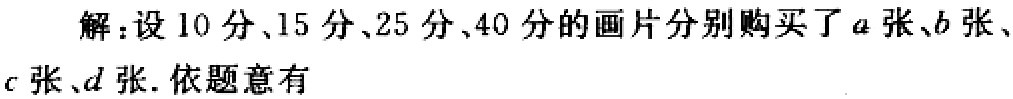
解：设10分、15分、25分、40分的画片分别购买了\(a\)张、\(b\)张、\(c\)张、\(d\)张. 依题意有